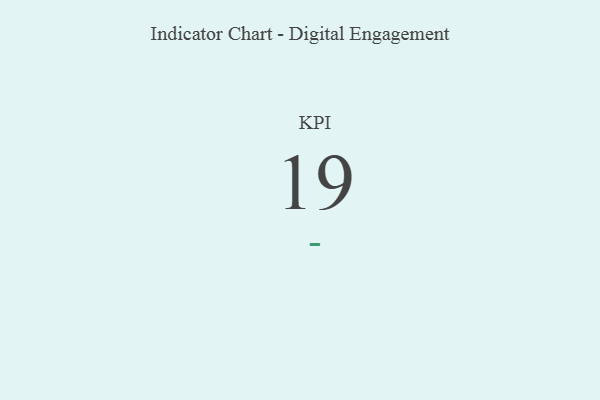
{"axis": {"x": "KPI", "y": "Value"}, "legend": [""], "data": [{"x": "KPI", "y": 19, "type": ""}]}